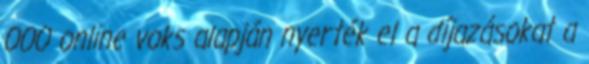
000 online voks alapján nyerték el a díjazásokat a